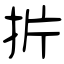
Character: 扸